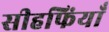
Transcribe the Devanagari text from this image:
सीहफिंयाँ